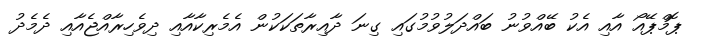
ޕޮމްޕޭއޯ އާއި އެކު ބޭއްވުނު ބައްދަލުވުމުގައި ގިނަ ދާއިރާތަކަކުން އެމެރިކާއާއި ދިވެހިރާއްޖެއާއި ދެމެދު